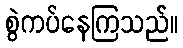
စွဲကပ်နေကြသည်။